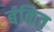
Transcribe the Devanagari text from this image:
बंकित